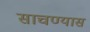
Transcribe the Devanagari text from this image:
साचण्यास